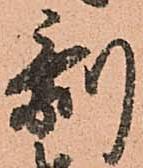
剰